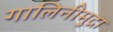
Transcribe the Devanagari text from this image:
गालिनीमुद्रा